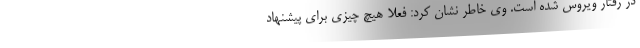
در رفتار ویروس شده است. وی خاطر نشان کرد: فعلا هیچ چیزی برای پیشنهاد